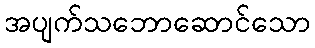
အပျက်သဘောဆောင်သော